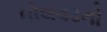
ઘોલવડનો